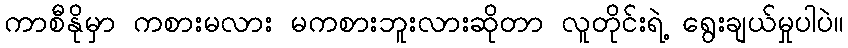
ကာစီနိုမှာ ကစားမလား မကစားဘူးလားဆိုတာ လူတိုင်းရဲ့ ရွေးချယ်မှုပါပဲ။